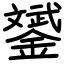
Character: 𨭉